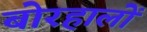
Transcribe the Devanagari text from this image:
बोरहालों